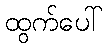
ထွက်ပေါ်